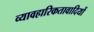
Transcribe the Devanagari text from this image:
व्यावहारिकतावादियों